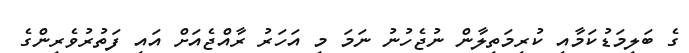
ގެ ބަލިމަޑުކަމާއި ކުރިމަތިލާން ނުޖެހުނު ނަމަ މި އަހަރު ރާއްޖެއަށް އައި ފަތުރުވެރިންގެ